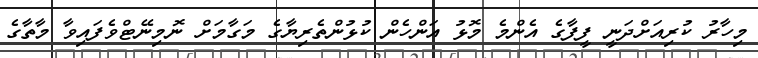
މިހާރު ކުރިއަށްދަނީ ފީފާގެ އެންމެ މޮޅު އަންހެން ކުޅުންތެރިޔާގެ މަގާމަށް ނޮމިނޭޓްވެފައިވާ މާތާގެ